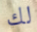
لك